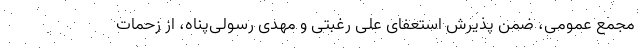
مجمع عمومی، ضمن پذیرش استعفای علی رغبتی و مهدی رسولی‌پناه، از زحمات